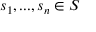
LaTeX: \textstyle { s _ { 1 } , . . . , s _ { n } } \in S